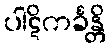
ပါဋိကင်္ခန္တိ